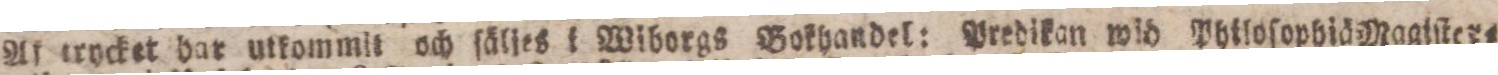
Af trycket har utkommit och ſäljes i Wiborgs Bokhandel: Predikan wid Philoſophiä Magiſter=